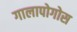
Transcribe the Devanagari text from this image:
गालापोगोस